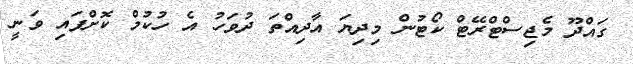
ގައްދޫ މެޖިސްޓްރޭޓް ކޯޓުން މިދިޔަ އާދިއްތަ ދުވަހު އެ ހުކުމް ކޮށްފައި ވަނީ